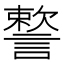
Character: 𧫷